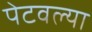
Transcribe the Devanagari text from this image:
पेटवल्या